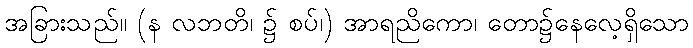
အခြားသည်။ (န လဘတိ၊ ၌ စပ်၊) အာရညိကော၊ တော၌နေလေ့ရှိသော